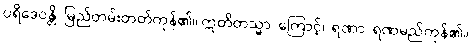
ပရိဒေဝန္တိ၊ မြည်တမ်းတတ်ကုန်၏။ ဣတိတသ္မာ၊ ကြောင့်။ ရဏာ၊ ရဏမည်ကုန်၏။